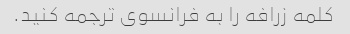
کلمه زرافه را به فرانسوی ترجمه کنید.